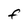
Character: F